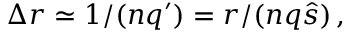
\Delta r \simeq 1 / ( n q ^ { \prime } ) = r / ( n q \hat { s } ) \, ,